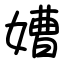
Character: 㜖